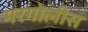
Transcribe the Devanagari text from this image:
मरगोलीस